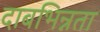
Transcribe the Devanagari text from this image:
दाबभिन्नता